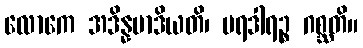
လောကေ အဒိန္နမာဒိယတိ၊ ပရဒါရဉ္စ ဂစ္ဆတိ။